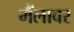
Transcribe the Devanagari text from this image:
मैंलावर